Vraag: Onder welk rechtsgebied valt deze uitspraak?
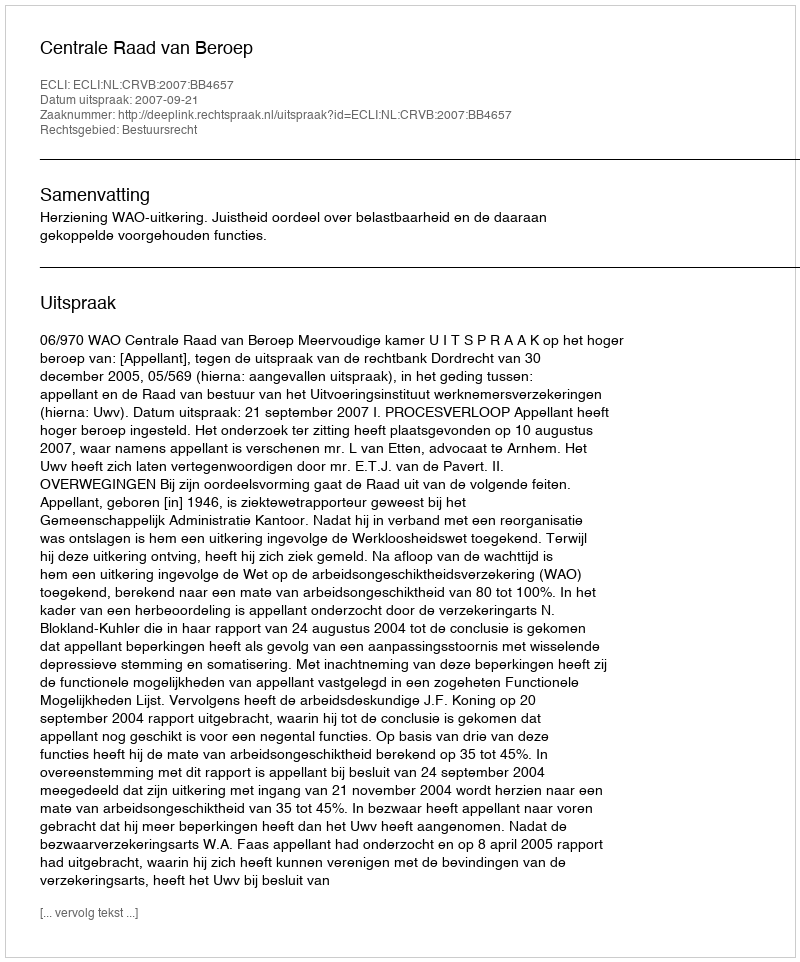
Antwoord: Bestuursrecht